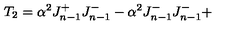
T _ { 2 } = \alpha ^ { 2 } J _ { n - 1 } ^ { + } J _ { n - 1 } ^ { - } - \alpha ^ { 2 } J _ { n - 1 } ^ { - } J _ { n - 1 } ^ { - } +